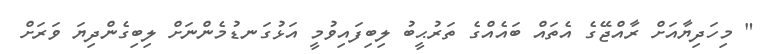
" މިހަދިޔާއަށް ރާއްޖޭގެ އެތައް ބައެއްގެ ތަރުޙީބު ލިބިފައިވުމީ އަޅުގަނޑުމެންނަށް ލިބިގެންދިޔަ ވަރަށް